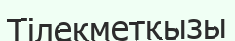
Тілекметқызы